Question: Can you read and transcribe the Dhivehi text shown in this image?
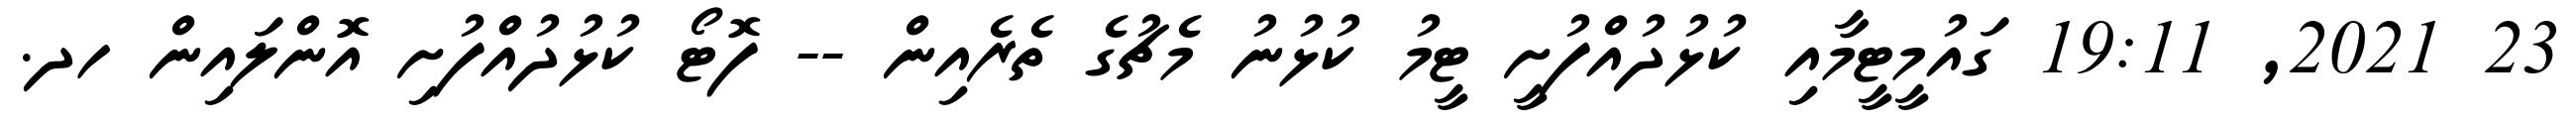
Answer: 23 2021, 19:11 ގައުމީޓީމާއި ކުޅުދުއްފުށީ ޓީމު ކުޅުނު މެޗުގެ ތެރެއިން -- ފޮޓޯ ކުޅުދުއްފުށި އޮންލައިން ހދ.